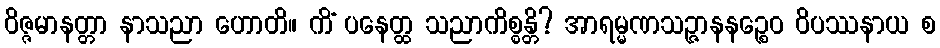
ဝိဇ္ဇမာနတ္တာ နာသညာ ဟောတိ။ ကိံ ပနေတ္ထ သညာကိစ္စန္တိ? အာရမ္မဏသဉ္ဇာနနဉ္စေဝ ဝိပဿနာယ စ